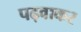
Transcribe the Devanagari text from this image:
पढ़वाकर